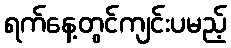
ရက်နေ့တွင်ကျင်းပမည့်